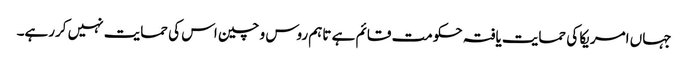
جہاں امریکا کی حمایت یافتہ حکومت قائم ہے تاہم روس و چین اس کی حمایت نہیں کررہے۔